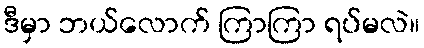
ဒီမှာ ဘယ်လောက် ကြာကြာ ရပ်မလဲ။